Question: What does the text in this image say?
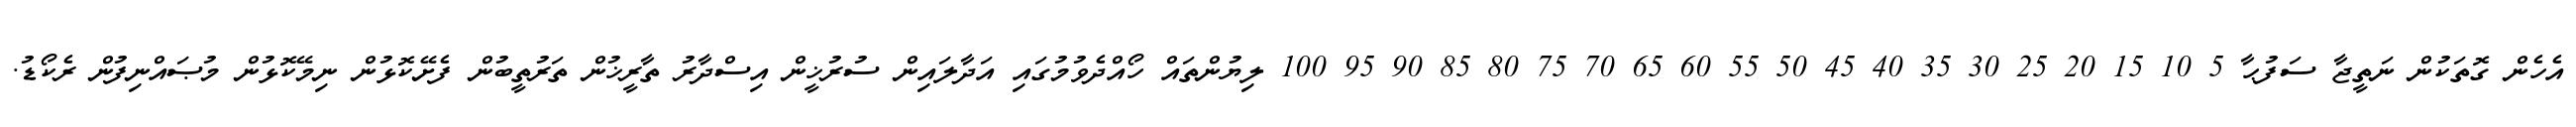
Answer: އެހެން ގޮތަކުން ނަތީޖާ ސަފުޙާ 5 10 15 20 25 30 35 40 45 50 55 60 65 70 75 80 85 90 95 100 ލިޔުންތައް ހޯއްދެވުމުގައި އަދާލައިން ސުރުޚީން އިސްދާރު ތާރީޚުން ތަރުތީބުން ފެށޭކޮޅުން ނިމޭކޮޅުން މުޞައްނިފުން ރެކޯޑު.